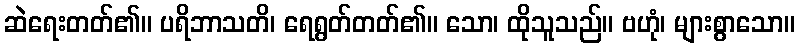
ဆဲရေးတတ်၏။ ပရိဘာသတိ၊ ရေရွတ်တတ်၏။ သော၊ ထိုသူသည်။ ဗဟုံ၊ များစွာသော။